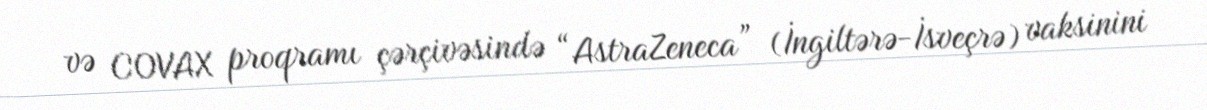
və COVAX proqramı çərçivəsində “AstraZeneca” (İngiltərə-İsveçrə) vaksinini